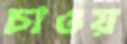
চাওয়